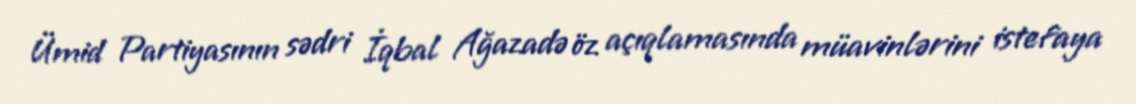
Ümid Partiyasının sədri İqbal Ağazadə öz açıqlamasında müavinlərini istefaya